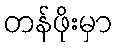
တန်ဖိုးမှာ